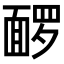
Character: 𬰡